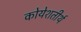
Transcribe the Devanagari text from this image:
कोयेशतीर्थ